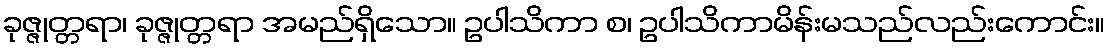
ခုဇ္ဇုတ္တရာ၊ ခုဇ္ဇုတ္တရာ အမည်ရှိသော။ ဥပါသိကာ စ၊ ဥပါသိကာမိန်းမသည်လည်းကောင်း။